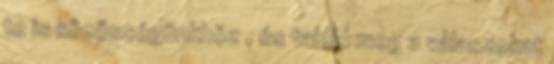
te is közösségünkhöz , és találd meg a válaszokat